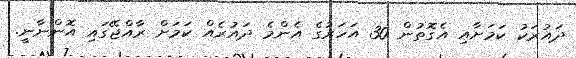
ދައުރަކު ކަމަށާއި އެގޮތުން 30 އަހަރުގެ އެންމެ ދައުރެއް ކަމަށް ރާއްޖޭގައި އޮންނާނީ.